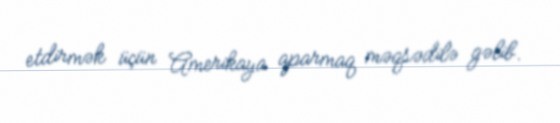
etdirmək üçün Amerikaya aparmaq məqsədilə gəlib.